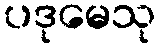
ပဒုမေသု